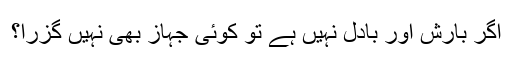
اگر بارش اور بادل نہیں ہے تو کوئی جہاز بھی نہیں گزرا؟